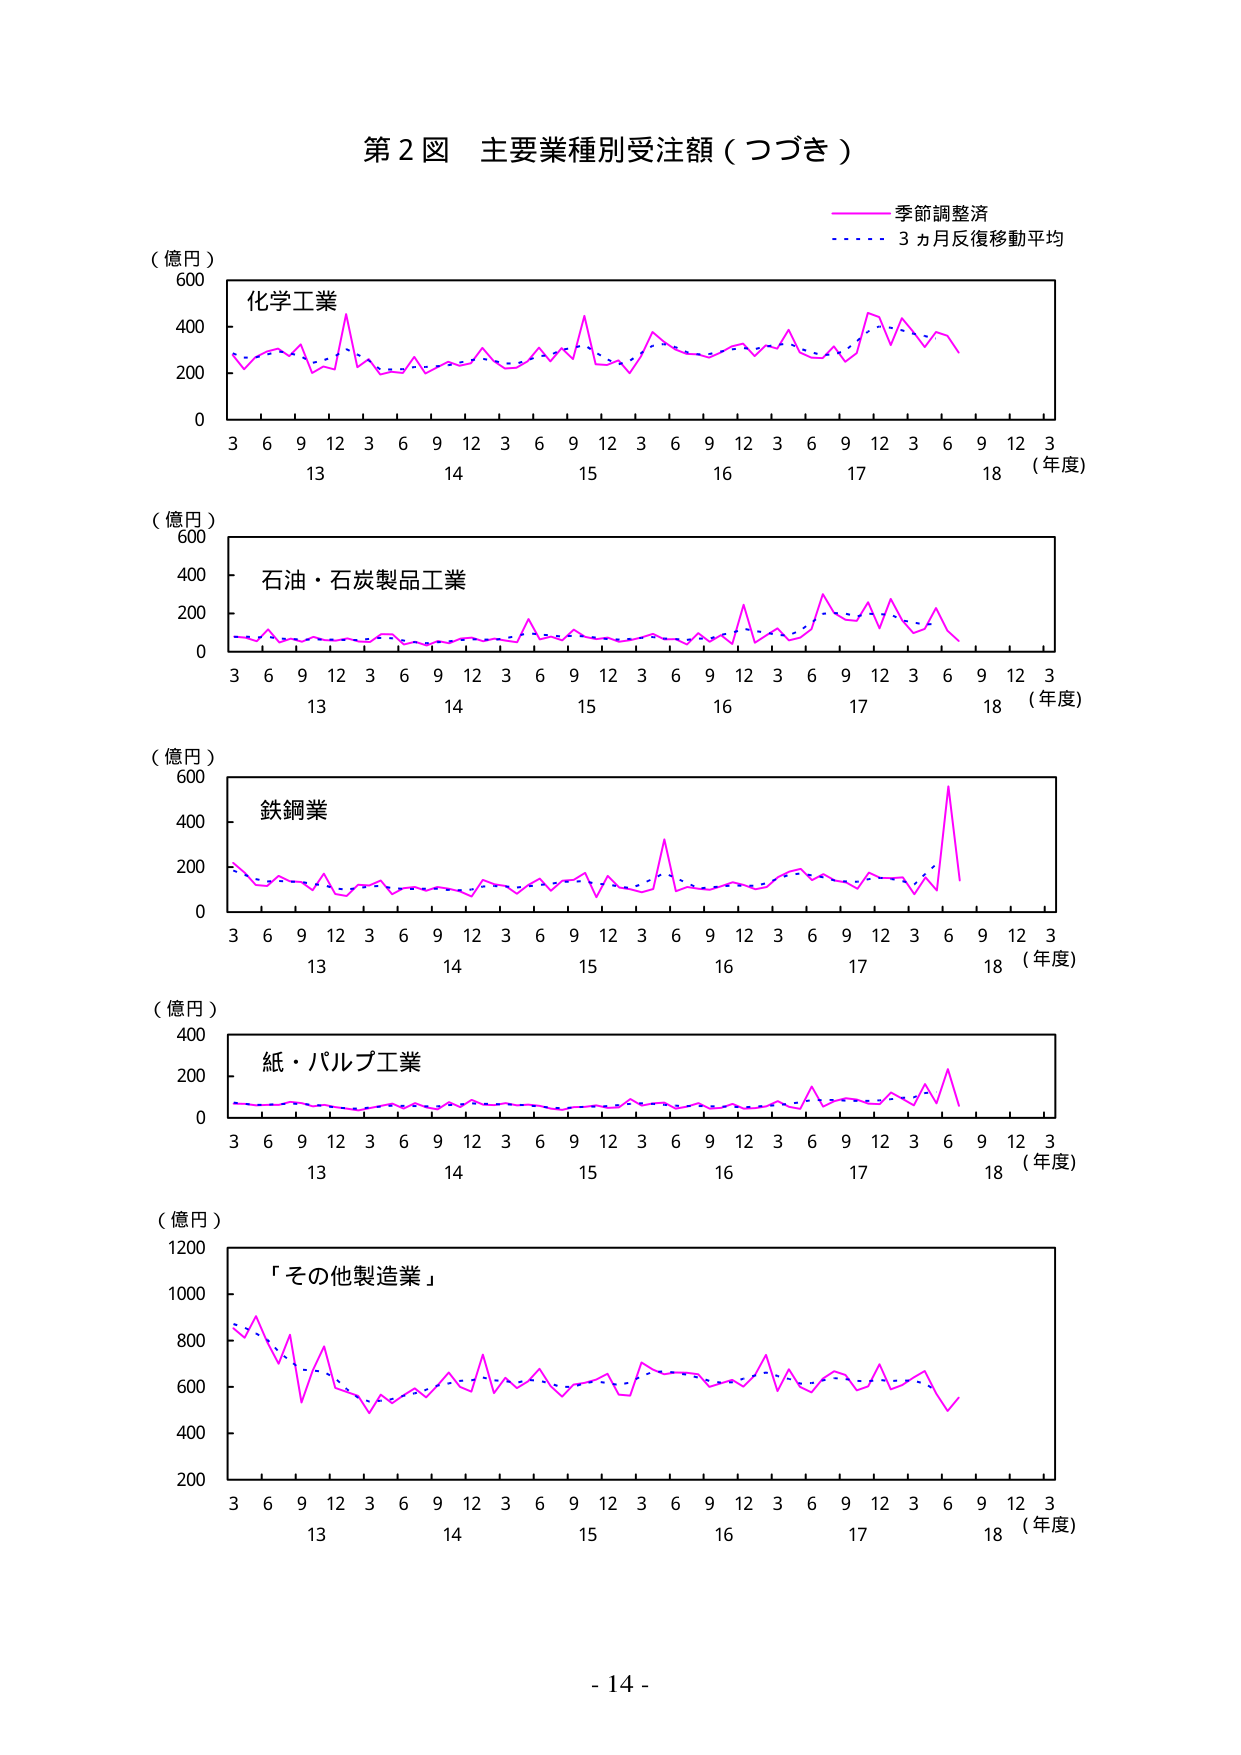
第２図 主要業種別受注額（つづき）

（億円）
600
400
200
0
化学工業
3 6 9 12 3 6 9 12 3 6 9 12 3 6 9 12 3 6 9 12 3
13 14 15 16 17 18 （年度）

（億円）
600
400
200
0
石油・石炭製品工業
3 6 9 12 3 6 9 12 3 6 9 12 3 6 9 12 3 6 9 12 3
13 14 15 16 17 18 （年度）

（億円）
600
400
200
0
鉄鋼業
3 6 9 12 3 6 9 12 3 6 9 12 3 6 9 12 3 6 9 12 3
13 14 15 16 17 18 （年度）

（億円）
400
200
0
紙・パルプ工業
3 6 9 12 3 6 9 12 3 6 9 12 3 6 9 12 3 6 9 12 3
13 14 15 16 17 18 （年度）

（億円）
1200
1000
800
600
400
200
「その他製造業」
3 6 9 12 3 6 9 12 3 6 9 12 3 6 9 12 3 6 9 12 3
13 14 15 16 17 18 （年度）

季節調整済
3ヵ月反復移動平均

- 14 -